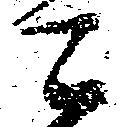
ニ